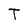
Character: T